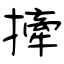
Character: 撁